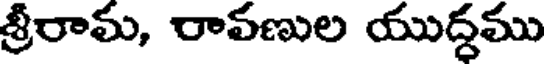
శ్రీరామ, రావణుల యుద్ధము